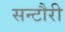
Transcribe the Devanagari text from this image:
सन्टौरी